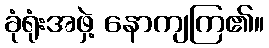
ခုံရုံးအဖှဲ့ နောကျကြ၏။